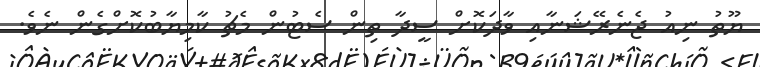
ޔޫތު ނިއު ޖެނެރޭޝަނާއި ވާދަކޮށް ސީދާ ތިން ސެޓުން މެޗު ކާމިޔާބުކޮށްގެން ނެވެ.